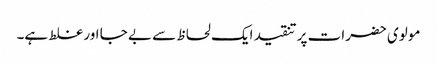
مولوی حضرات پر تنقید ایک لحاظ سے بے جا اور غلط ہے۔